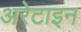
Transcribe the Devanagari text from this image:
अरेटाइन